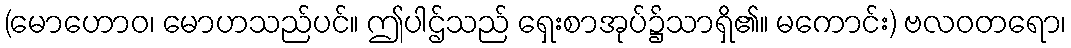
(မောဟောဝ၊ မောဟသည်ပင်။ ဤပါဌ်သည် ရှေးစာအုပ်၌သာရှိ၏။ မကောင်း) ဗလဝတရော၊